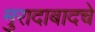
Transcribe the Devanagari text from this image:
मुरादाबादचे